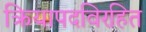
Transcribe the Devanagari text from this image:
क्रियापदविरहित